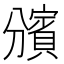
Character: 𧷟